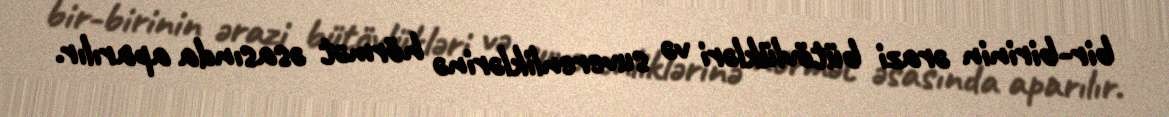
bir-birinin ərazi bütövlükləri və suverenliklərinə hörmət əsasında aparılır.